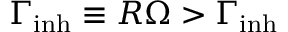
\Gamma _ { \mathrm { i n h } } \equiv R \Omega > \Gamma _ { \mathrm { i n h } }